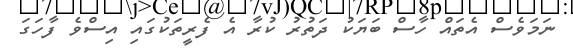
ނަމަވެސް އެތައް ހާސް ބަޔަކު ދަތުރު ކުރާ އެ ފެރީތަކުގައި އިސްވެ ފާހަގަ